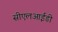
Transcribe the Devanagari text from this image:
सीएलआईडी